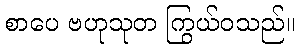
စာပေ ဗဟုသုတ ကြွယ်ဝသည်။